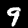
Label: 9